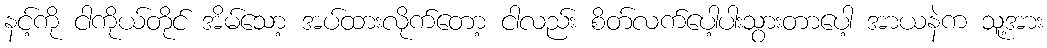
နင့်ကို ငါကိုယ်တိုင် အိမ်သော့ အပ်ထားလိုက်တော့ ငါလည်း စိတ်လက်ပေါ့ပါးသွားတာပေါ့ အာယနဲက သူ့အား